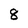
Character: 8